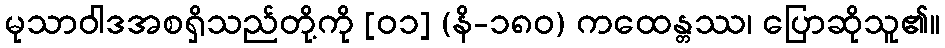
မုသာဝါဒအစရှိသည်တို့ကို [၀၁] (နိ-၁၈၀) ကထေန္တဿ၊ ပြောဆိုသူ၏။